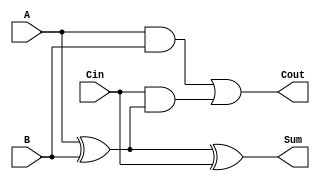
module FullAdder (
    input wire A,     // First input bit
    input wire B,     // Second input bit
    input wire Cin,   // Carry input
    output wire Sum,  // Resultant sum bit
    output wire Cout  // Carry output
);

// Intermediate wires for internal logic
wire A_xor_B;

// Compute the sum using XOR gates
assign A_xor_B = A ^ B;       // A XOR B
assign Sum = A_xor_B ^ Cin;   // (A XOR B) XOR Cin

// Compute the carry output using AND and OR gates
assign Cout = (A & B) | (Cin & A_xor_B); // (A AND B) OR (Cin AND (A XOR B))

endmodule